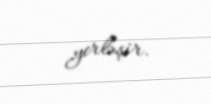
yerləşir.